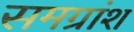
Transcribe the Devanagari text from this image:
समग्रांश